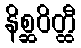
နိစ္ဆဝိတ္ထီ